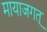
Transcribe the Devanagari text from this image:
मायाजगत्